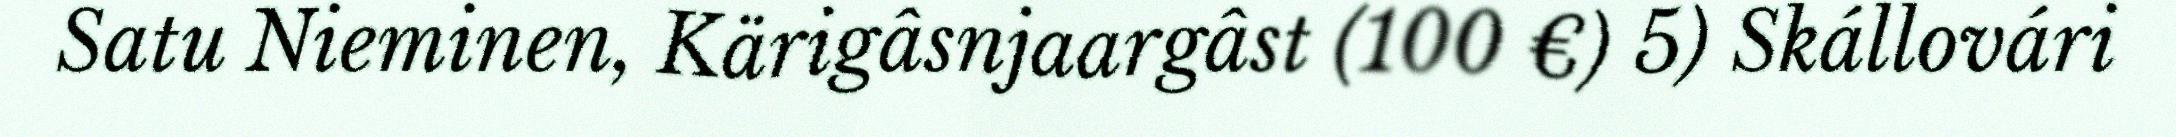
Satu Nieminen, Kärigâsnjaargâst (100 €) 5) Skállovári